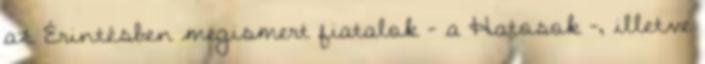
az Érintésben megismert fiatalok - a Hatosok -, illetve